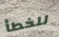
للخطأ